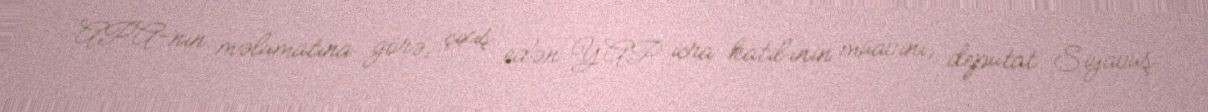
APA-nın məlumatına görə, çıxış edən YAP icra katibinin müavini, deputat Siyavuş